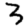
Digit: 3